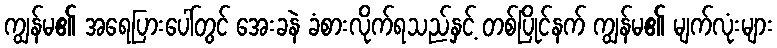
ကျွန်မ၏ အရေပြားပေါ်တွင် အေးခနဲ ခံစားလိုက်ရသည်နှင့် တစ်ပြိုင်နက် ကျွန်မ၏ မျက်လုံးများ